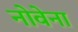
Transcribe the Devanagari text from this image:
नोवेना